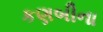
કણબીના